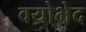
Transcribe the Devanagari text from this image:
वयोभेद